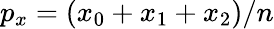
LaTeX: p_{x}=(x_{0}+x_{1}+x_{2})/n